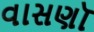
વાસણૉ